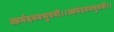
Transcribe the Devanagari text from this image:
आनंदवनभुवनी।।आनंदवनभुवनी।।